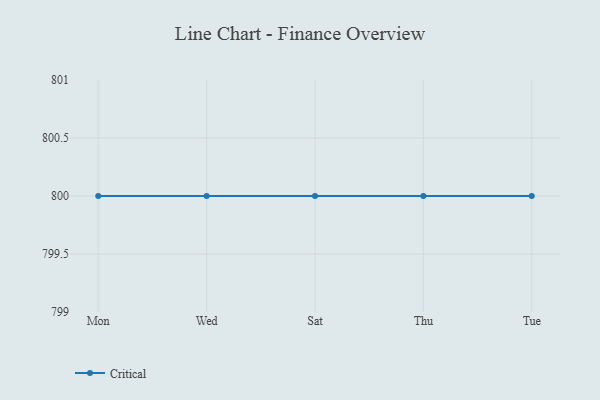
{"axis": {"x": "Day", "y": "Temperature (°C)"}, "legend": ["Critical"], "data": [{"x": "Mon", "y": 800, "type": "Critical"}, {"x": "Wed", "y": 800, "type": "Critical"}, {"x": "Sat", "y": 800, "type": "Critical"}, {"x": "Thu", "y": 800, "type": "Critical"}, {"x": "Tue", "y": 800, "type": "Critical"}]}